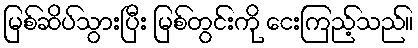
မြစ်ဆိပ်သွားပြီး မြစ်တွင်းကို ငေးကြည့်သည်။